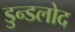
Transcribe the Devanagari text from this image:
डुन्डलोद